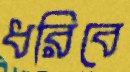
ধরিবে